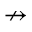
\nrightarrow